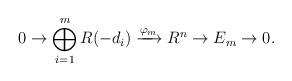
LaTeX: \begin{align*}0\to\bigoplus_{i=1}^mR(-d_i)\xrightarrow{\varphi_m}R^n\to E_m\to0.\end{align*}